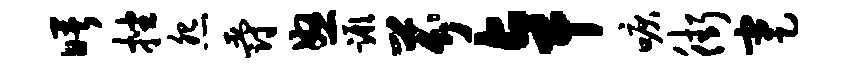
曙挫怨爵怒蹶芬卓唳街蹇